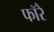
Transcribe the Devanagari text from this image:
फॉरे